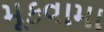
મૂકવામા